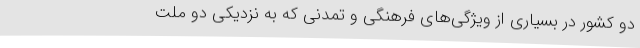
دو کشور در بسیاری از ویژگی‌های فرهنگی و تمدنی که به نزدیکی دو ملت